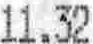
11.32